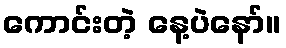
ကောင်းတဲ့ နေ့ပဲနော်။